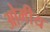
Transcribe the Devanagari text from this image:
ओमीय